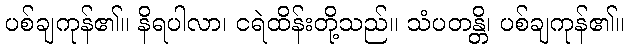
ပစ်ချကုန်၏။ နိရပါလာ၊ ငရဲထိန်းတို့သည်။ သံပတန္တိ၊ ပစ်ချကုန်၏။